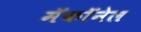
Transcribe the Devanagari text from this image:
मॅकॉनेल